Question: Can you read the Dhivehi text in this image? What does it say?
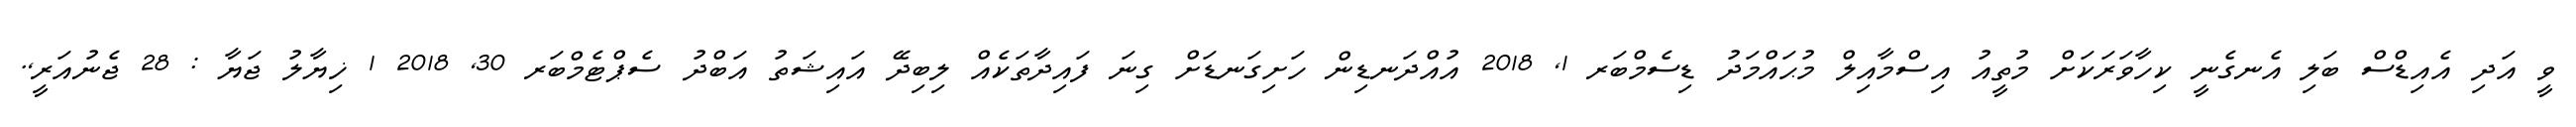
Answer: ވީ އަދި އެއިޑްސް ބަލި އެނގެނީ ކިހާވަރަކަށް މުތީއު އިސްމާއިލް މުޙައްމަދު ޑިސެމްބަރ 1, 2018 އުއްދަނޑިން ހަށިގަނޑަށް ގިނަ ފައިދާތަކެއް ލިބިދޭ އައިޝަތު އަބްދު ސެޕްޓެމްބަރ 30, 2018 1 ޚިޔާލު ޖަޔާ : 28 ޖެނުއަރީ,.